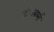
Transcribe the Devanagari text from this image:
स्टीलबर्थ्स